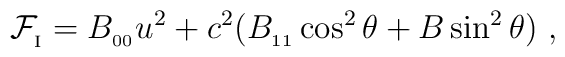
{\cal F}_{_{\rm I}}=B_{_{00}} u^2 +c^2\big(    B_{_{11}}\cos^2\theta+B\sin^2\theta\big)\ ,